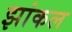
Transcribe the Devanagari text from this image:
झांकल